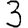
Digit: 3